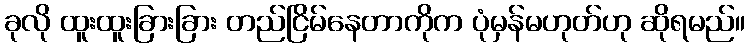
ခုလို ထူးထူးခြားခြား တည်ငြိမ်နေတာကိုက ပုံမှန်မဟုတ်ဟု ဆိုရမည်။